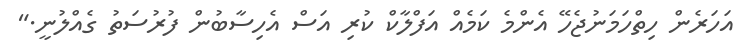
އަހަރެން ހިތްހަމަނުޖެހޭ އެންމެ ކަމެއް އަފްލާކް ކުރި އަސް އެހިސާބުން ފުރުސަތު ގެއްލުނީ."